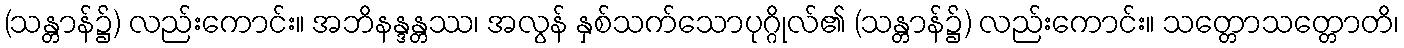
(သန္တာန်၌) လည်းကောင်း။ အဘိနန္ဒန္တဿ၊ အလွန် နှစ်သက်သောပုဂ္ဂိုလ်၏ (သန္တာန်၌) လည်းကောင်း။ သတ္တောသတ္တောတိ၊